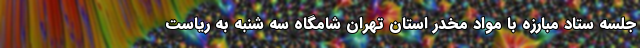
جلسه ستاد مبارزه با مواد مخدر استان تهران شامگاه سه شنبه به ریاست